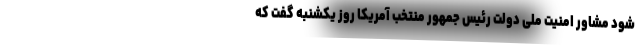
شود مشاور امنیت ملی دولت رئیس جمهور منتخب آمریکا روز یکشنبه گفت که